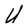
Character: U